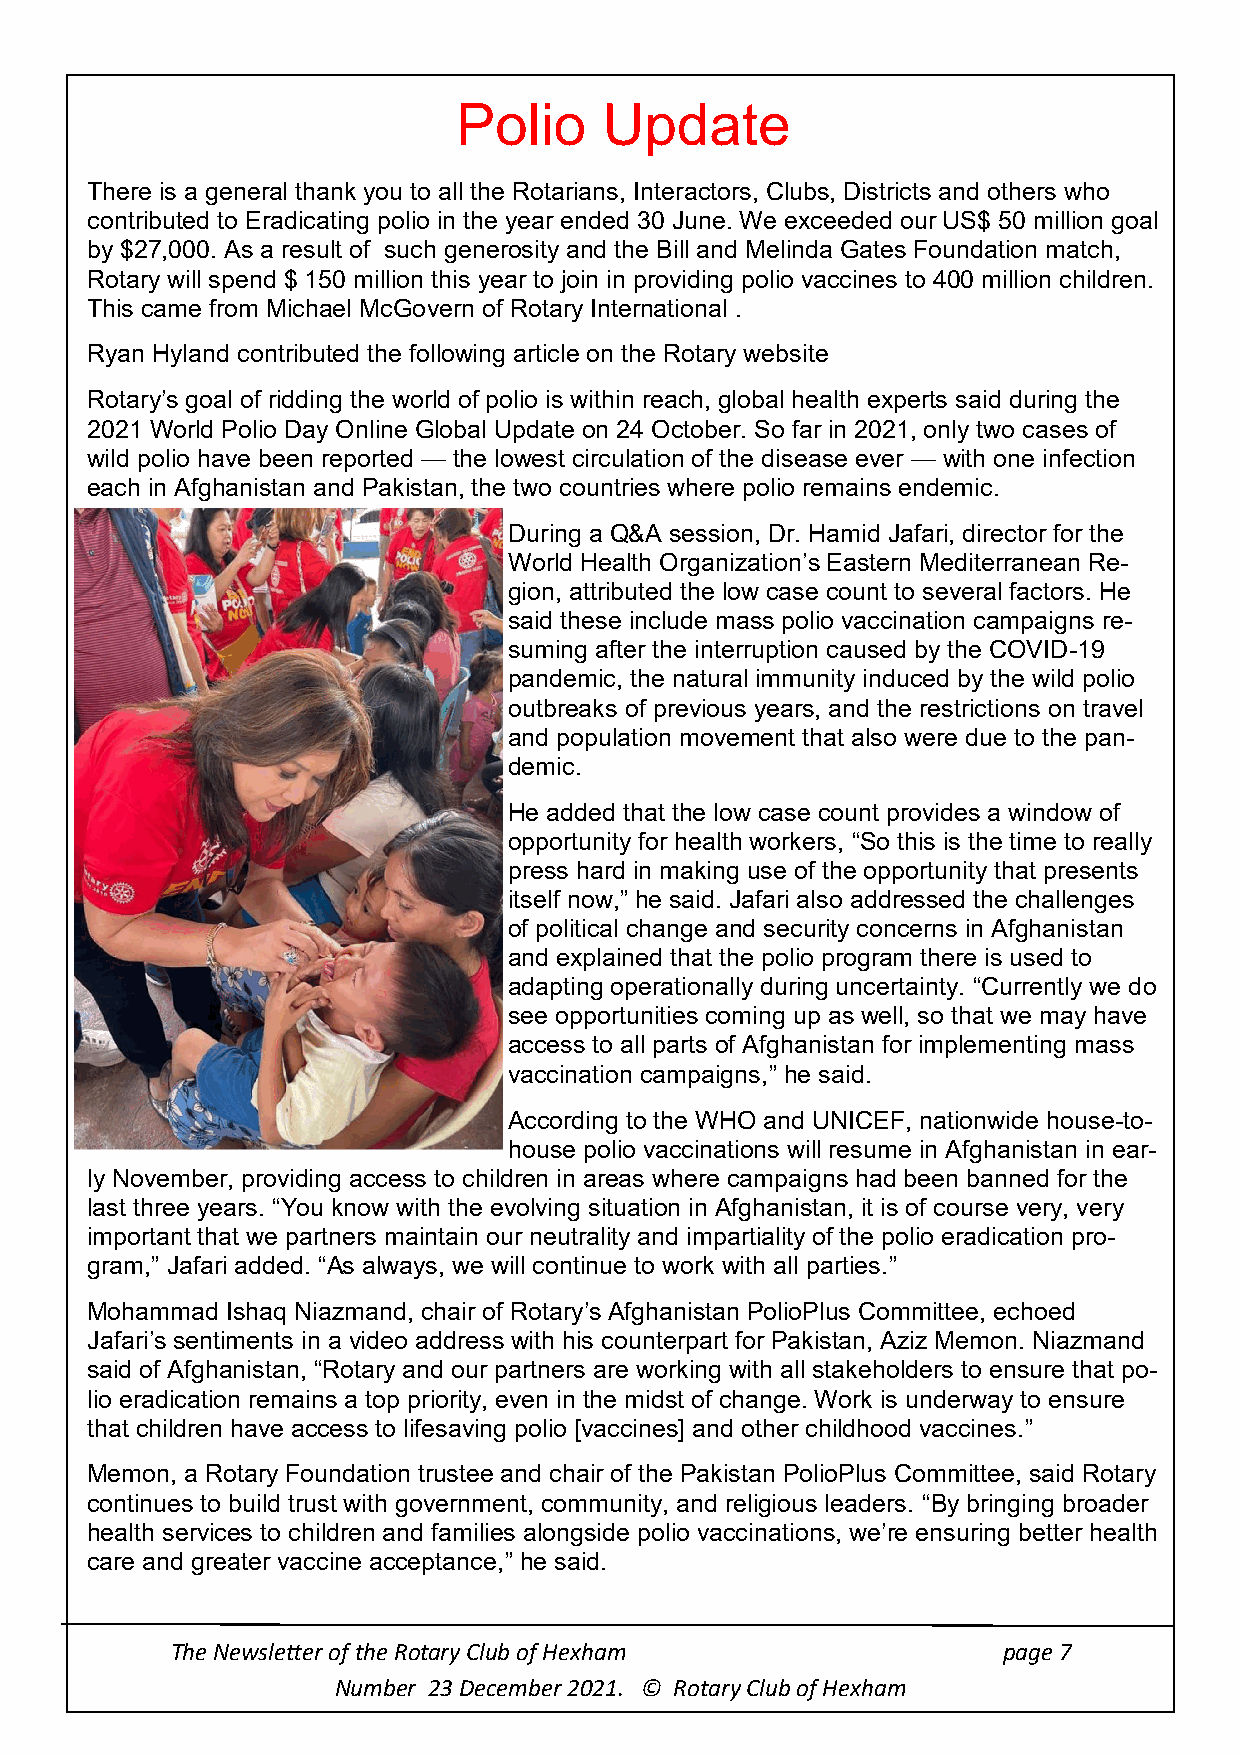
Polio     Update
 There is a general thank you to all the Rotarians, Interactors, Clubs, Districts and others who
 contributed to Eradicating polio in the year ended 30 June. We exceeded our US$ 50 million goal
 by $27,000. As a result of such generosity and the Bill and Melinda Gates Foundation match,
 Rotary will spend $ 150 million this year to join in providing polio vaccines to 400 million children.
 This came from Michael McGovern of Rotary International .
 Ryan Hyland contributed the following article on the Rotary website
 Rotary’s goal of ridding the world of polio is within reach, global health experts said during the
 2021 World Polio Day Online Global Update on 24 October. So far in 2021, only two cases of
 wild polio have been reported — the lowest circulation of the disease ever — with one infection
 each in Afghanistan and Pakistan, the two countries where polio remains endemic.
 During a Q&A session, Dr. Hamid Jafari, director for the
 World Health Organization’s Eastern Mediterranean Re-
 gion, attributed the low case count to several factors. He
 said these include mass polio vaccination campaigns re-
 suming after the interruption caused by the COVID-19
 pandemic, the natural immunity induced by the wild polio
 outbreaks of previous years, and the restrictions on travel
 and population movement that also were due to the pan-
 demic.
 He added that the low case count provides a window of
 opportunity for health workers, “So this is the time to really
 press hard in making use of the opportunity that presents
 itself now,” he said. Jafari also addressed the challenges
 of political change and security concerns in Afghanistan
 and explained that the polio program there is used to
 adapting operationally during uncertainty. “Currently we do
 see opportunities coming up as well, so that we may have
 access to all parts of Afghanistan for implementing mass
 vaccination campaigns,” he said.
 According to the WHO and UNICEF, nationwide house-to-
 house polio vaccinations will resume in Afghanistan in ear-
 ly November, providing access to children in areas where campaigns had been banned for the
 last three years. “You know with the evolving situation in Afghanistan, it is of course very, very
 important that we partners maintain our neutrality and impartiality of the polio eradication pro-
 gram,” Jafari added. “As always, we will continue to work with all parties.”
 Mohammad Ishaq Niazmand, chair of Rotary’s Afghanistan PolioPlus Committee, echoed
 Jafari’s sentiments in a video address with his counterpart for Pakistan, Aziz Memon. Niazmand
 said of Afghanistan, “Rotary and our partners are working with all stakeholders to ensure that po-
 lio eradication remains a top priority, even in the midst of change. Work is underway to ensure
 that children have access to lifesaving polio [vaccines] and other childhood vaccines.”
 Memon, a Rotary Foundation trustee and chair of the Pakistan PolioPlus Committee, said Rotary
 continues to build trust with government, community, and religious leaders. “By bringing broader
 health services to children and families alongside polio vaccinations, we’re ensuring better health
 care and greater vaccine acceptance,” he said.
 The Newsletter of the Rotary Club of Hexham            page 7
 Number 23 December 2021. © Rotary Club of Hexham